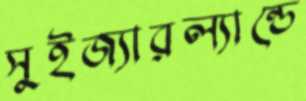
সুইজ্যারল্যান্ডে